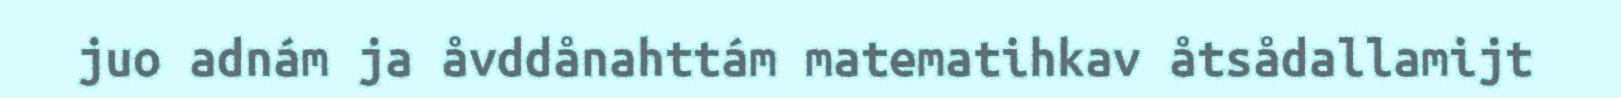
juo adnám ja åvddånahttám matematihkav åtsådallamijt